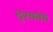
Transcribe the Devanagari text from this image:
दृश्यबंध